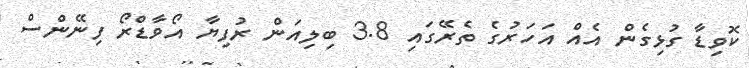
ކޮވިޑާ ގުޅިގެން އެއް އަހަރުގެ ތެރޭގައި 3.8 ބިލިއަން ރުފިޔާ އޯވާޑްރޯ ފިނޭންސް